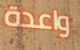
واعدة